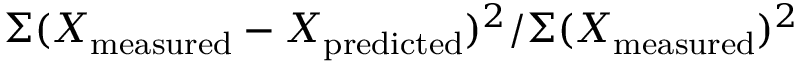
\Sigma ( X _ { \mathrm { m e a s u r e d } } - X _ { \mathrm { p r e d i c t e d } } ) ^ { 2 } / \Sigma ( X _ { \mathrm { m e a s u r e d } } ) ^ { 2 }